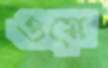
ওয়ে